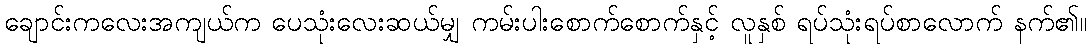
ချောင်းကလေးအကျယ်က ပေသုံးလေးဆယ်မျှ ကမ်းပါးစောက်စောက်နှင့် လူနှစ် ရပ်သုံးရပ်စာလောက် နက်၏။